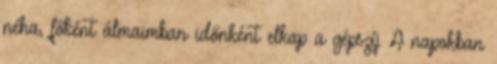
néha, főként álmaimban időnként elkap a gépszíj. A napokban